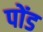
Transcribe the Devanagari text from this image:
पोंड